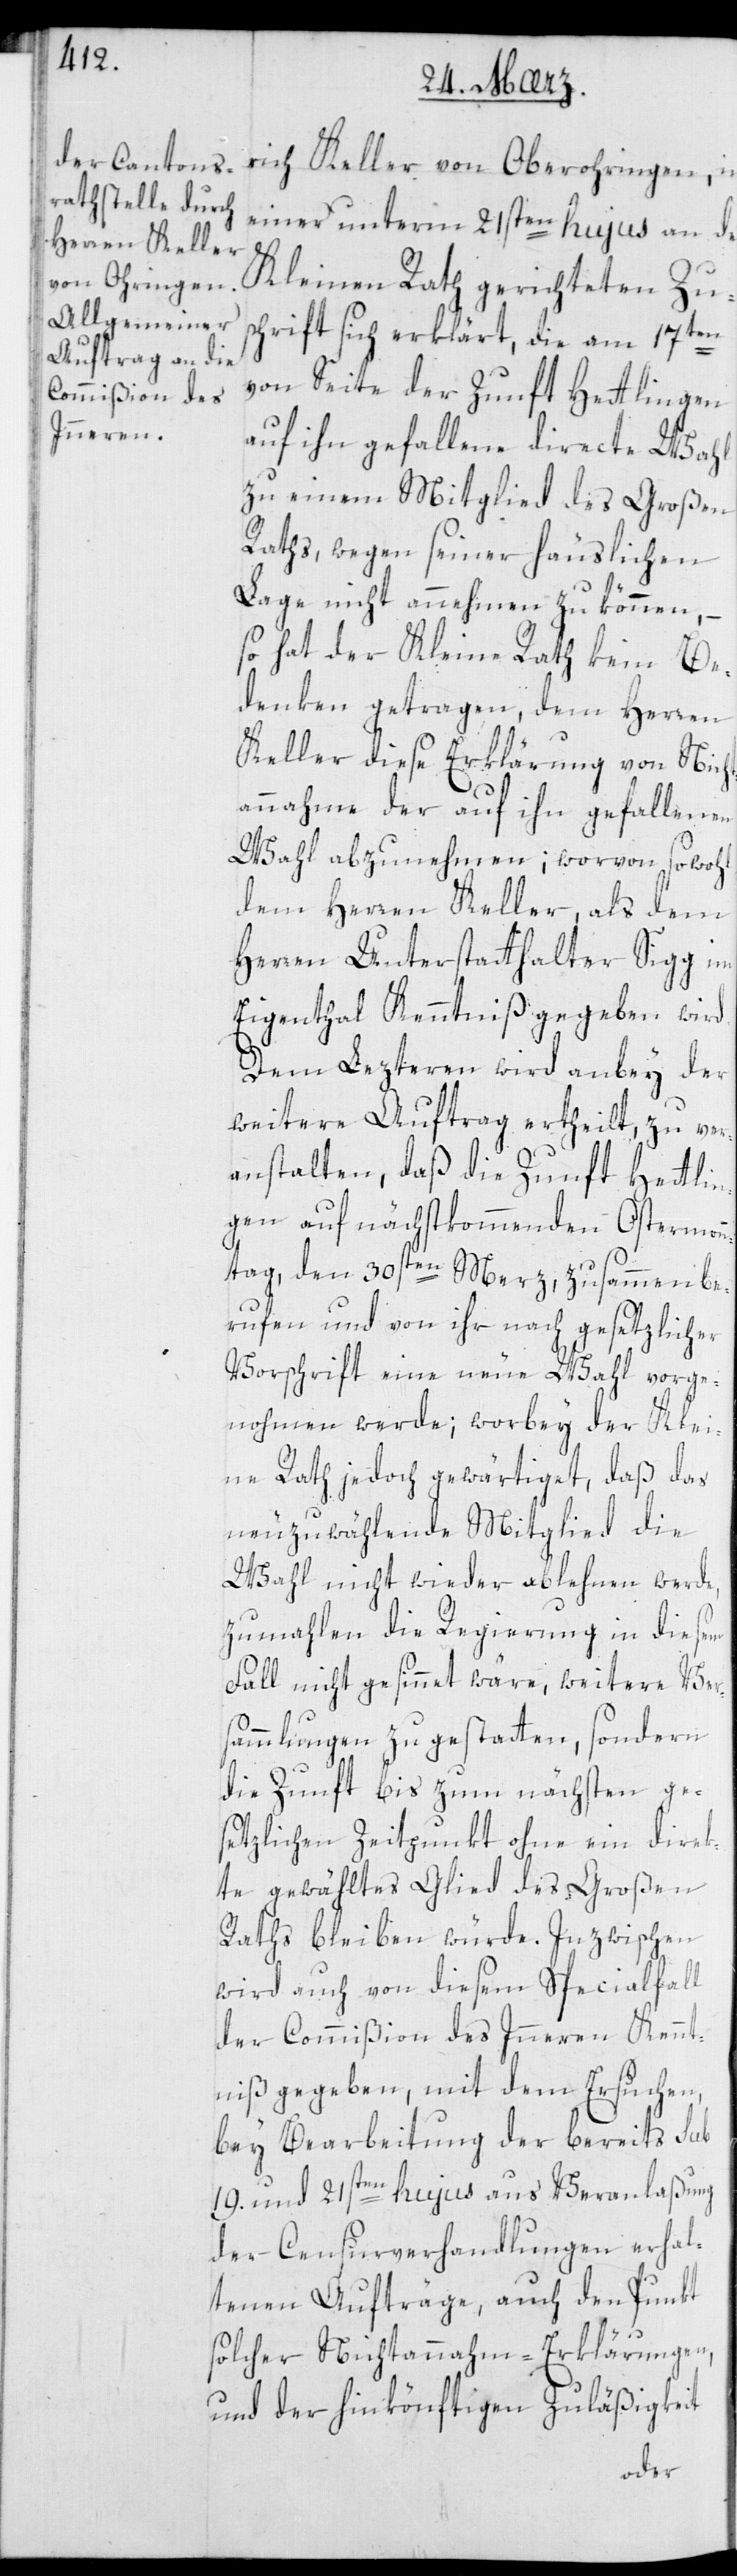
einer unterm 21sten hujus an den
von Oberohringen,
Kleinen Rath gerichteten Zu¬
schrift sich erklärt, die am 17ten
von Seite der Zunft Hettlingen
auf ihn gefallene directe Wahl
zu einem Mitglied des Großen
Raths, wegen seiner häuslichen
Lage nicht annehmen zu können, –
so hat der Kleine Rath kein Be¬
denken getragen, dem Herren
Keller diese Erklärung von Nicht¬
annahme der auf ihn gefallenen
Wahl abzunehmen; worvon sowohl
dem Herren Keller als dem
Herren Unterstatthalter Sigg im
Eigenthal Kenntniß gegeben wird.
Dem lezteren wird anbey der
weitere Auftrag ertheilt, zu ver¬
anstalten, daß die Zunft Hettlin¬
gen auf nächstkommenden Ostermon¬
tag, den 30sten Merz, zusammenbe¬
rufen und von ihr nach gesetzlicher
Vorschrift eine neue Wahl vorge¬
nommen werde; worbey der Klei¬
ne Rath jedoch gewärtiget, daß das
neuzuwählende Mitglied die
Wahl nicht wieder ablehnen werde,
zumahlen die Regierung in diesem
Fall nicht gesinnet wäre, weitere Ver¬
sammlungen zu gestatten, sondern
die Zunft bis zum nächsten ge¬
setzlichen Zeitpunkt ohne ein direk¬
te gewähltes Glied des Großen
Raths bleiben würde. Inzwischen
wird auch von diesem Specialfall
der Commißion des Innern Kennt¬
niß gegeben, mit dem Ersuchen,
bey Bearbeitung der bereits sub
19. und 21sten hujus aus Veranlaßung
der Censurverhandlungen erhal¬
tenen Aufträge, auch den Punkt
solcher Nichtannahm-Erklärungen,
und der hinkönftigen Zuläßigkeit